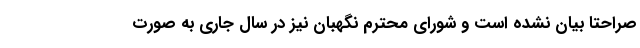
صراحتا بیان نشده است و شورای محترم نگهبان نیز در سال جاری به صورت